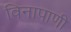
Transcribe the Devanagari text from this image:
विनापाणी